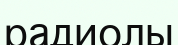
радиолы